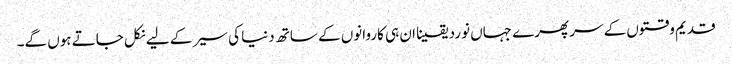
قدیم وقتوں کے سر پھرے جہاں نورد یقینا ان ہی کاروانوں کے ساتھ دنیا کی سیر کے لیے نکل جاتے ہوں گے۔